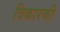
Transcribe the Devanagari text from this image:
विकारकी